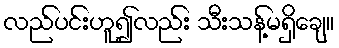
လည်ပင်းဟူ၍လည်း သီးသန့်မရှိချေ။